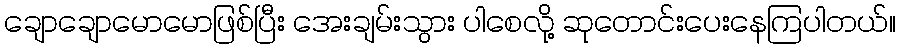
ချောချောမောမောဖြစ်ပြီး အေးချမ်းသွား ပါစေလို့ ဆုတောင်းပေးနေကြပါတယ်။